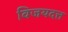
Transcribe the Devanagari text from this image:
विजयदत्त